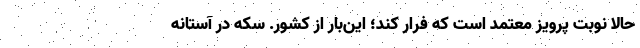
حالا نوبت پرویز معتمد است که فرار کند؛ این‌بار از کشور. سکه در آستانه